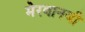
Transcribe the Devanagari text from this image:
मेरवानजी